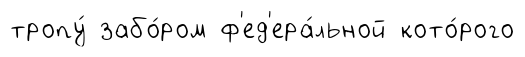
тропу́ забо́ром ф'ед'ера́льной кото́рого